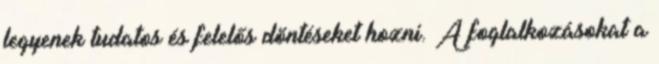
legyenek tudatos és felelős döntéseket hozni. A foglalkozásokat a